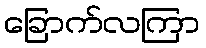
ခြောက်လကြာ